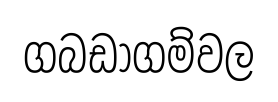
ගබඩාගම්වල